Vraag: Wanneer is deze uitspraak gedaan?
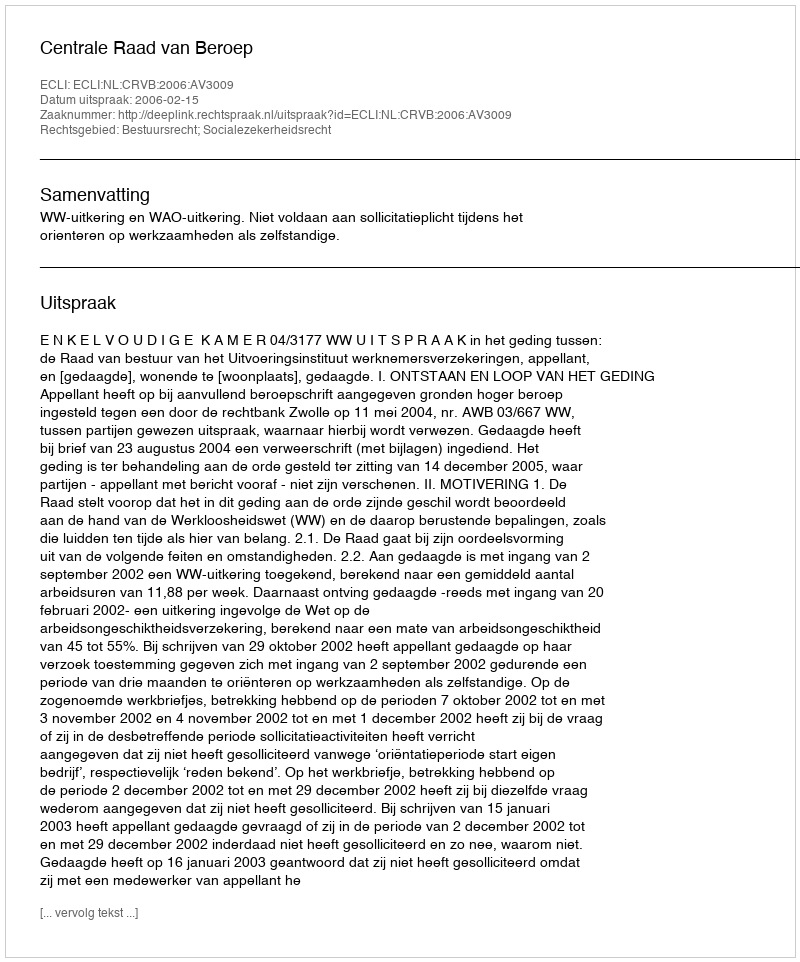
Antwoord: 2006-02-15